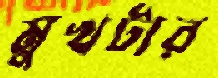
মুখটার